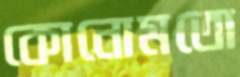
কোনোমতো